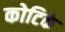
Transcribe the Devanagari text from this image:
कोटिके